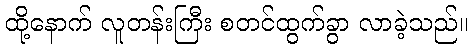
ထို့နောက် လူတန်းကြီး စတင်ထွက်ခွာ လာခဲ့သည်။